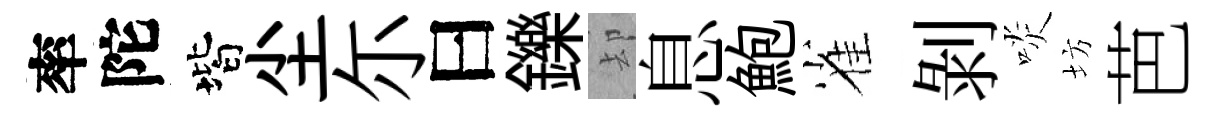
率陀階尘尓曰鑠却息鮑雀剝啖坊芭